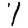
Digit: 1